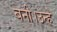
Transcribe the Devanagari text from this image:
बनी।उन्हे